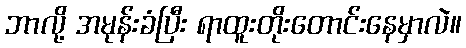
ဘာလို့ အမုန်းခံပြီး ရာထူးတိုးတောင်းနေမှာလဲ။